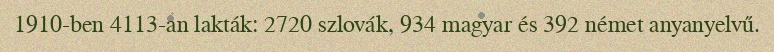
1910-ben 4113-an lakták: 2720 szlovák, 934 magyar és 392 német anyanyelvű.